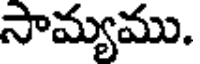
సామ్యము.